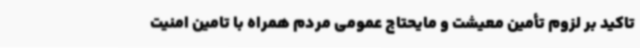
تاکید بر لزوم تأمین معیشت و مایحتاج عمومی مردم همراه با تامین امنیت